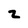
Character: 2